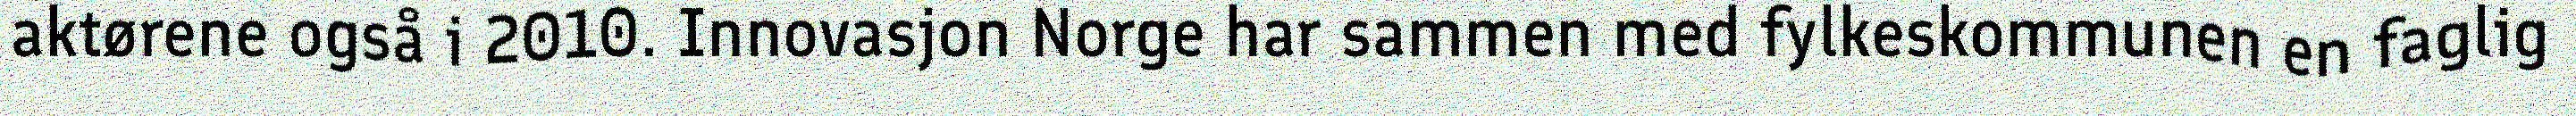
aktørene også i 2010. Innovasjon Norge har sammen med fylkeskommunen en faglig